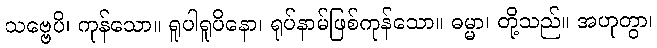
သဗ္ဗေပိ၊ ကုန်သော။ ရူပါရူပိနော၊ ရုပ်နာမ်ဖြစ်ကုန်သော။ ဓမ္မာ၊ တို့သည်။ အဟုတွာ၊